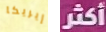
إيريكا أكثر